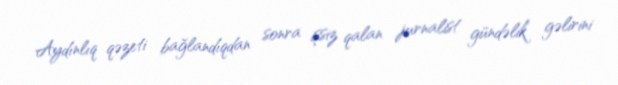
Aydınlıq qəzeti bağlandıqdan sonra işsiz qalan jurnalist gündəlik gəlirini